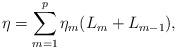
LaTeX: \begin{align*}\eta=\sum_{m=1}^p \eta_m(L_m+L_{m-1}),\end{align*}